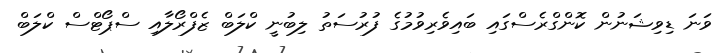
ވަނަ ޑިވިޝަނުން ކޮންގްރެސްގައި ބައިވެރިވުމުގެ ފުރުސަތު ލިބުނީ ކްލަބް ޒެފްރޯލާއި ސްޕޯޓްސް ކްލަބް